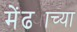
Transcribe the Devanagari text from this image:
मेंढ्याच्या